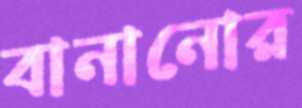
বানানোর